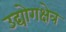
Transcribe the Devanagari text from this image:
उद्योगक्षेत्र